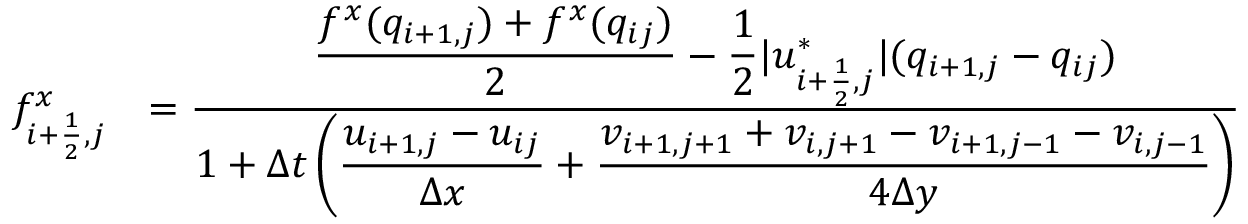
\begin{array} { r l } { f _ { i + \frac 1 2 , j } ^ { x } } & { = \frac { \displaystyle \frac { f ^ { x } ( q _ { i + 1 , j } ) + f ^ { x } ( q _ { i j } ) } { 2 } - \frac 1 2 | u _ { i + \frac 1 2 , j } ^ { * } | ( q _ { i + 1 , j } - q _ { i j } ) } { \displaystyle 1 + \Delta t \left( \frac { u _ { i + 1 , j } - u _ { i j } } { \Delta x } + \frac { v _ { i + 1 , j + 1 } + v _ { i , j + 1 } - v _ { i + 1 , j - 1 } - v _ { i , j - 1 } } { 4 \Delta y } \right) } } \end{array}